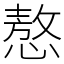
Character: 㥿